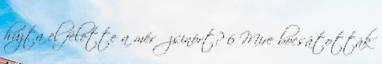
húzta el felette a mérő zsinórt? 6 Mire bocsátották